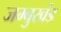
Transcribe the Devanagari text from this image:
जम्बुखंड